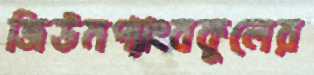
জিউমপ্যাংবকুলের